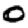
Digit: 0